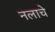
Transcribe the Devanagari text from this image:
नलाचे